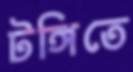
টঙ্গিতে